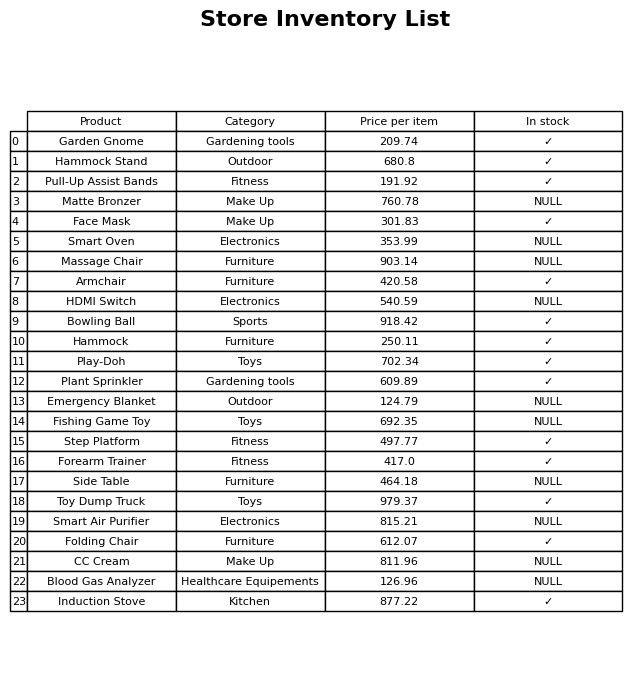
question: What is the price of the Smart Oven?
answer: The price of Smart Oven is 353.99.